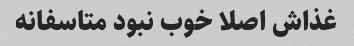
غذاش اصلا خوب نبود متاسفانه